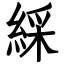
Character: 綵